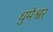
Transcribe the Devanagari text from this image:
धुमेश्वर